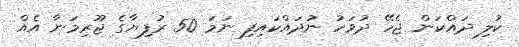
ކުލި ދައްކަން ޖެހޭ ދުވަހު ނުދައްކައިފި ނަމަ 50 ރުފިޔާގެ ޖޫރިމަނާ އެއް